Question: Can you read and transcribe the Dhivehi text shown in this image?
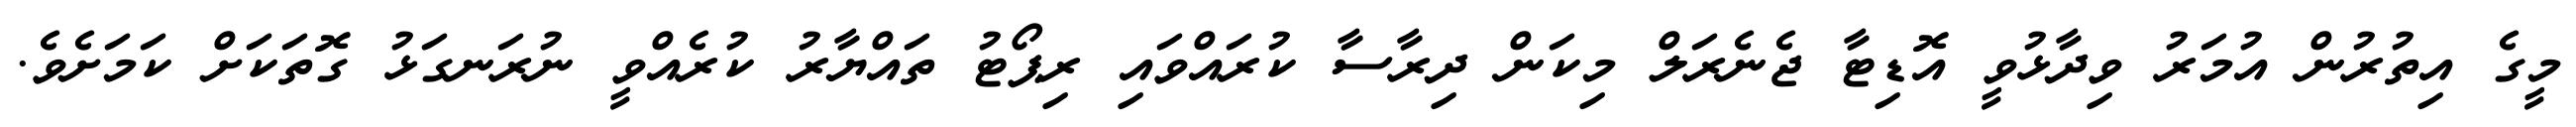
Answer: މީގެ އިތުރުން އުމަރު ވިދާޅުވީ އޮޑިޓާ ޖެނެރަލް މިކަން ދިރާސާ ކުރައްވައި ރިޕޯޓު ތައްޔާރު ކުރެއްވީ ނުރަނގަޅު ގޮތަކަށް ކަމަށެވެ.